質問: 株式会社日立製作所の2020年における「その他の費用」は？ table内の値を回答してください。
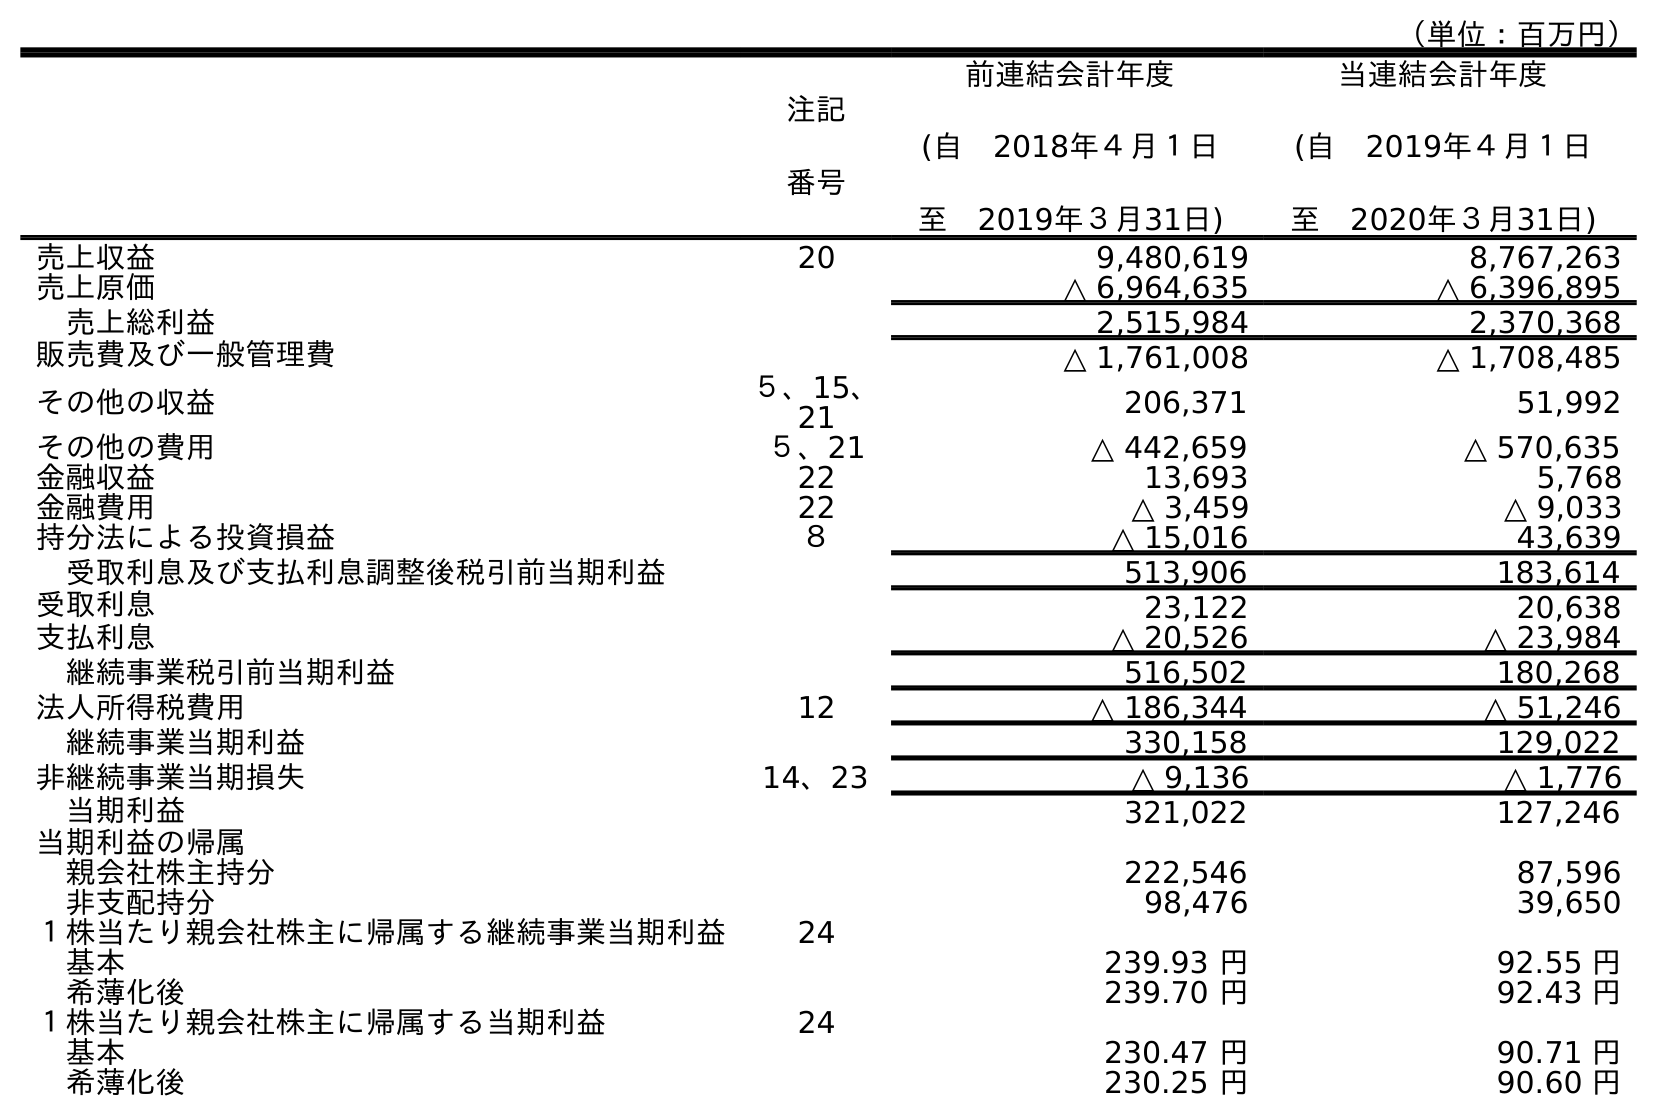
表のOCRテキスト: （単位：百万円） 注記 番号 前連結会計年度 (自 2018年４月１日 至 2019年３月31日) 当連結会計年度 (自 2019年４月１日 至 2020年３月31日) 売上収益 20 9,480,619 8,767,263 売上原価 △ 6,964,635 △ 6,396,895 売上総利益 2,515,984 2,370,368 販売費及び一般管理費 △ 1,761,008 △ 1,708,485 その他の収益 ５、15、 21 206,371 51,992 その他の費用 ５、21 △ 442,659 △ 570,635 金融収益 22 13,693 5,768 金融費用 22 △ 3,459 △ 9,033 持分法による投資損益 ８ △ 15,016 43,639 受取利息及び支払利息調整後税引前当期利益 513,906 183,614 受取利息 23,122 20,638 支払利息 △ 20,526 △ 23,984 継続事業税引前当期利益 516,502 180,268 法人所得税費用 12 △ 186,344 △ 51,246 継続事業当期利益 330,158 129,022 非継続事業当期損失 14、23 △ 9,136 △ 1,776 当期利益 321,022 127,246 当期利益の帰属 親会社株主持分 222,546 87,596 非支配持分 98,476 39,650 １株当たり親会社株主に帰属する継続事業当期利益 24 基本 239.93 円 92.55 円 希薄化後 239.70 円 92.43 円 １株当たり親会社株主に帰属する当期利益 24 基本 230.47 円 90.71 円 希薄化後 230.25 円 90.60 円
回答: △570,635